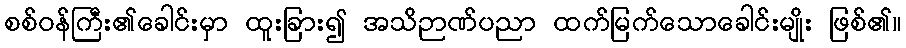
စစ်ဝန်ကြီး၏ခေါင်းမှာ ထူးခြား၍ အသိဉာဏ်ပညာ ထက်မြက်သောခေါင်းမျိုး ဖြစ်၏။